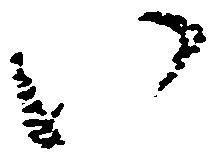
い